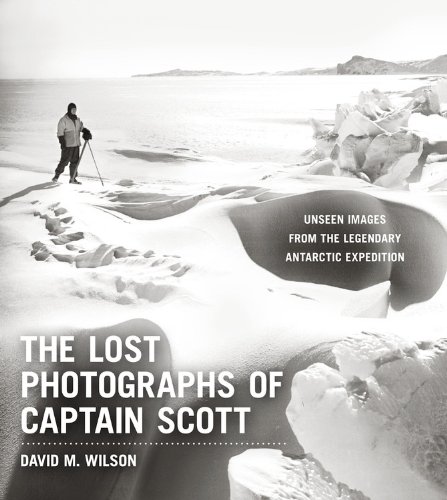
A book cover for The Lost Photographs of Captain Scott: Unseen Images from the Legendary Antarctic Expedition; David M. Wilson; History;